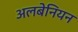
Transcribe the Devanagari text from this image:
अलबेनियन